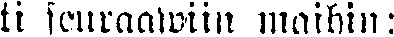
ti seuraawiin maihin: